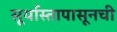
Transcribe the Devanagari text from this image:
सूर्यास्तापासूनची